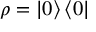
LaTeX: \rho = \left\vert 0 \right\rangle \left\langle 0 \right\vert